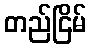
တည်ငြိမ်